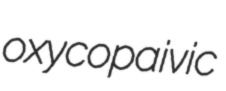
oxycopaivic